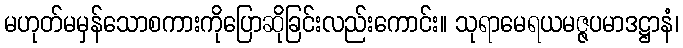
မဟုတ်မမှန်သောစကားကိုပြောဆိုခြင်းလည်းကောင်း။ သုရာမေရယမဇ္ဇပမာဒဋ္ဌာနံ၊